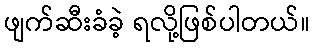
ဖျက်ဆီးခံခဲ့ ရလို့ဖြစ်ပါတယ်။